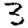
Digit: 3